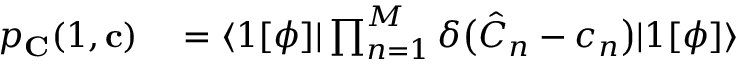
\begin{array} { r l } { p _ { \mathbf { C } } ( 1 , \mathbf { c } ) } & { { } = \langle 1 [ \phi ] | \prod _ { n = 1 } ^ { M } \delta \bigl ( \hat { C } _ { n } - c _ { n } \bigr ) | 1 [ \phi ] \rangle } \end{array}